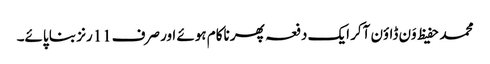
محمد حفیظ وَن ڈاؤن آکر ایک دفعہ پھر ناکام ہوئے اور صرف11رنز بنا پائے۔